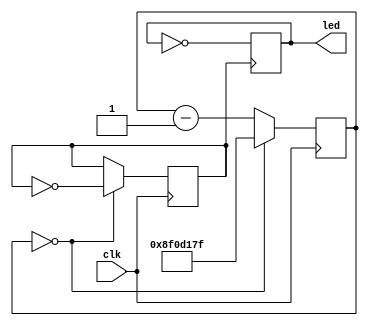
module blinking(clk,led );//input reset,
input wire clk;
reg [27:0] counter;
output reg [15:0] led;
reg clkout;

initial begin
    counter = 0;
    clkout = 0;
    led = 0; 
end
always @(posedge clk) begin
    if (counter == 0) begin
        counter <= 149999999;//actual value used to be shown on board blinking
        //counter <= 10; to be shown in simulation
        clkout <= ~clkout;
    end else begin
        counter <= counter - 1;
    end
end

always @(posedge clkout) begin
            led <= ~led;
    end
endmodule

/*

module blink (clk, LED);

input clk;
output LED;

reg [31:0] counter;
reg LED_status;

initial begin
counter <= 32'b0;
LED_status <= 1'b0;
end

always @ (posedge clk) 
begin
counter <= counter + 1'b1;
if (counter > 50000000)
begin
LED_status <= !LED_status;
counter <= 32'b0;
end


end

assign LED = LED_status;

endmodule 


*/